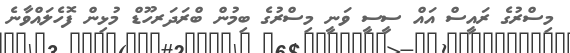
މިސްރުގެ ރައީސް އައް ސީސީ ވަނީ މިސްރުގެ ބިމުން ބްރަދަރހޫޑް މުޅިން ފޮހެލައްވާނެ